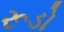
રૂડો